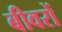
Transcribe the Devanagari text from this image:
बीवरों